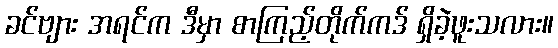
ခင်ဗျား အရင်က ဒီမှာ စာကြည့်တိုက်ကဒ် ရှိခဲ့ဖူးသလား။